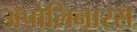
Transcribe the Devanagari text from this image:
अपोलिनारस